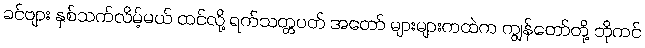
ခင်ဗျား နှစ်သက်လိမ့်မယ် ထင်လို့ ရက်သတ္တပတ် အတော် များများကထဲက ကျွန်တော်တို့ ဘိုကင်